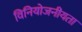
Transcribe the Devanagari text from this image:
विनियोजनीयता